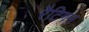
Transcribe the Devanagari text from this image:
रैटिगन